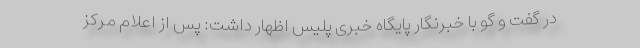
در گفت و گو با خبرنگار پایگاه خبری پلیس اظهار داشت: پس از اعلام مرکز